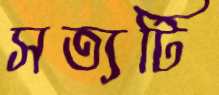
সত্যটি